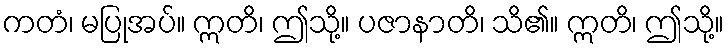
ကတံ၊ မပြုအပ်။ ဣတိ၊ ဤသို့။ ပဇာနာတိ၊ သိ၏။ ဣတိ၊ ဤသို့။